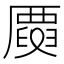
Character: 𠪳